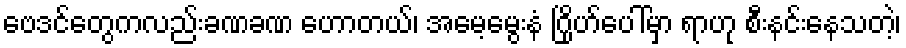
ဗေဒင်တွေကလည်းခဏခဏ ဟောတယ်၊ အမေ့မွေးနံ ဂြိုဟ်ပေါ်မှာ ရာဟု စီးနင်းနေသတဲ့၊